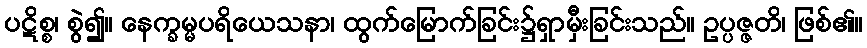
ပဋိစ္စ၊ စွဲ၍။ နေက္ခမ္မပရိယေသနာ၊ ထွက်မြောက်ခြင်း၌ရှာမှီးခြင်းသည်။ ဥပ္ပဇ္ဇတိ၊ ဖြစ်၏။